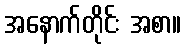
အနောက်တိုင်း အစာ။